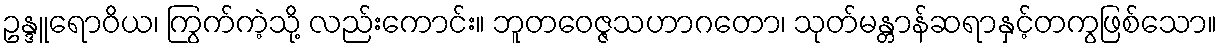
ဥန္ဒူရောဝိယ၊ ကြွက်ကဲ့သို့ လည်းကောင်း။ ဘူတဝေဇ္ဇသဟာဂတော၊ သုတ်မန္တာန်ဆရာနှင့်တကွဖြစ်သော။